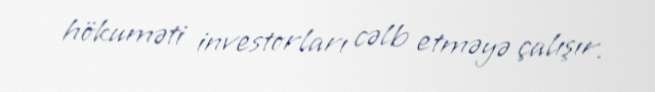
hökuməti investorları cəlb etməyə çalışır.